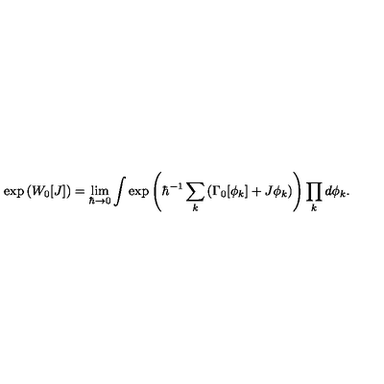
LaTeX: \exp \left( W _ { 0 } [ J ] \right) = \lim _ { \hbar \to 0 } \int \exp \left( \hbar ^ { - 1 } \sum _ { k } \left( \Gamma _ { 0 } [ \phi _ { k } ] + J \phi _ { k } \right) \right) \prod _ { k } d \phi _ { k } .